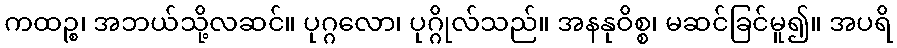
ကထဉ္စ၊ အဘယ်သို့လဆင်။ ပုဂ္ဂလော၊ ပုဂ္ဂိုလ်သည်။ အနနုဝိစ္စ၊ မဆင်ခြင်မူ၍။ အပရိ